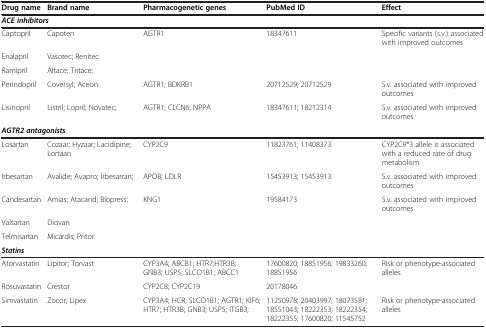
| Drug name | Brand name | Pharmacogenetic genes | PubMed ID | Effect |
 | --- | --- | --- | --- | --- |
 | <COLSPAN=5> ACE inhibitors |
 | Captopril | Capoten | AGTR1 | 18347611 | Specific variants (s.v.) associated with improved outcomes |
 | Enalapril | Vasotec; Renitec |  |  |  |
 | Ramipril | Altace; Tritace; |  |  |  |
 | Perindopril | Coversyl; Aceon | AGTR1; BDKRB1 | 20712529; 20712529 | S.v. associated with improved outcomes |
 | Lisinopril | Listril; Lopril; Novatec; | AGTR1; CLCN6; NPPA | 18347611; 18212314 | S.v. associated with improved outcomes |
 | <COLSPAN=5> AGTR2 antagonists |
 | Losartan | Cozaar; Hyzaar; Lacidipine; Lortaan | CYP2C9 | 11823761; 11408373 | CYP2C9*3 allele is associated with a reduced rate of drug metabolism |
 | Irbesartan | Avalide; Avapro; Irbesarran; | APOB; LDLR | 15453913; 15453913 | S.v. associated with improved outcomes |
 | Candesartan | Amias; Atacand; Blopress; | KNG1 | 19584173 | S.v. associated with improved outcomes |
 | Valsartan | Diovan |  |  |  |
 | Telmisartan | Micardis; Pritor |  |  |  |
 | <COLSPAN=5> Statins |
 | Atorvastatin | Lipitor; Torvast | CYP3A4; ABCB1; HTR7;HTR3B; GNB3; USP5; SLCO1B1; ABCC1 | 17600820; 18851956; 19833260; 18851956 | Risk or phenotype-associated alleles |
 | Rosuvastatin | Crestor | CYP2C8; CYP2C19 | 20178046 |  |
 | Simvastatin | Zocor; Lipex | CYP3A4; HCR; SLCO1B1; AGTR1; KIF6; HTR7; HTR3B; GNB3; USP5; ITGB3; | 11250978; 20403997; 18073581; 18551043; 18222353; 18222354; 18222355; 17600820; 11545752 | Risk or phenotype-associated alleles |